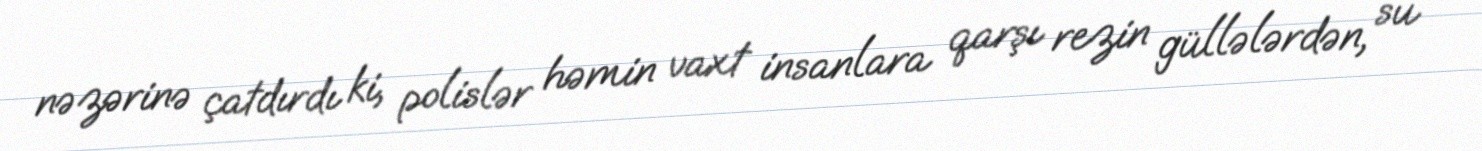
nəzərinə çatdırdı ki, polislər həmin vaxt insanlara qarşı rezin güllələrdən, su